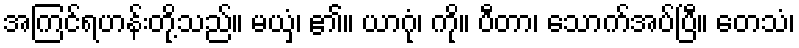
အကြင်ရဟန်းတို့သည်။ မယှံ၊ ၏။ ယာဂုံ၊ ကို။ ပီတာ၊ သောက်အပ်ပြီ။ တေသံ၊